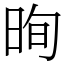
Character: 㫬